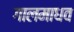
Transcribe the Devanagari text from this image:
गालमाधव